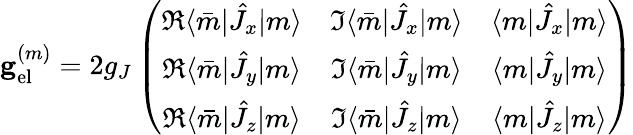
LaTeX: \mathbf{g}_{\mathrm{el}}^{(m)}=2g_{J}\left(\begin{array}{ccc}{\Re\langle\bar{m}|\hat{J}_{x}|m\rangle}&{\Im\langle\bar{m}|\hat{J}_{x}|m\rangle}&{\langle m|\hat{J}_{x}|m\rangle}\\ {\Re\langle\bar{m}|\hat{J}_{y}|m\rangle}&{\Im\langle\bar{m}|\hat{J}_{y}|m\rangle}&{\langle m|\hat{J}_{y}|m\rangle}\\ {\Re\langle\bar{m}|\hat{J}_{z}|m\rangle}&{\Im\langle\bar{m}|\hat{J}_{z}|m\rangle}&{\langle m|\hat{J}_{z}|m\rangle}\end{array}\right)